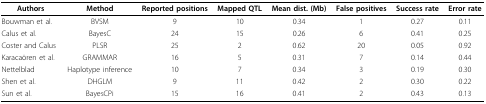
<table><thead><tr><td><b>Authors</b></td><td><b>Method</b></td><td><b>Reported positions</b></td><td><b>Mapped QTL</b></td><td><b>Mean dist. (Mb)</b></td><td><b>False positives</b></td><td><b>Success rate</b></td><td><b>Error rate</b></td></tr></thead><tbody><tr><td>Bouwman et al.</td><td>BVSM</td><td>9</td><td>10</td><td>0.34</td><td>1</td><td>0.27</td><td>0.11</td></tr><tr><td>Calus et al.</td><td>BayesC</td><td>24</td><td>15</td><td>0.26</td><td>6</td><td>0.41</td><td>0.25</td></tr><tr><td>Coster and Calus</td><td>PLSR</td><td>25</td><td>2</td><td>0.62</td><td>20</td><td>0.05</td><td>0.92</td></tr><tr><td>Karacaören et al.</td><td>GRAMMAR</td><td>16</td><td>5</td><td>0.31</td><td>7</td><td>0.14</td><td>0.44</td></tr><tr><td>Nettelblad</td><td>Haplotype inference</td><td>10</td><td>7</td><td>0.34</td><td>3</td><td>0.19</td><td>0.30</td></tr><tr><td>Shen et al.</td><td>DHGLM</td><td>9</td><td>11</td><td>0.42</td><td>2</td><td>0.30</td><td>0.22</td></tr><tr><td>Sun et al.</td><td>BayesCPi</td><td>15</td><td>16</td><td>0.41</td><td>2</td><td>0.43</td><td>0.13</td></tr></tbody></table>